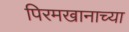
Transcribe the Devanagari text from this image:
पिरमखानाच्या